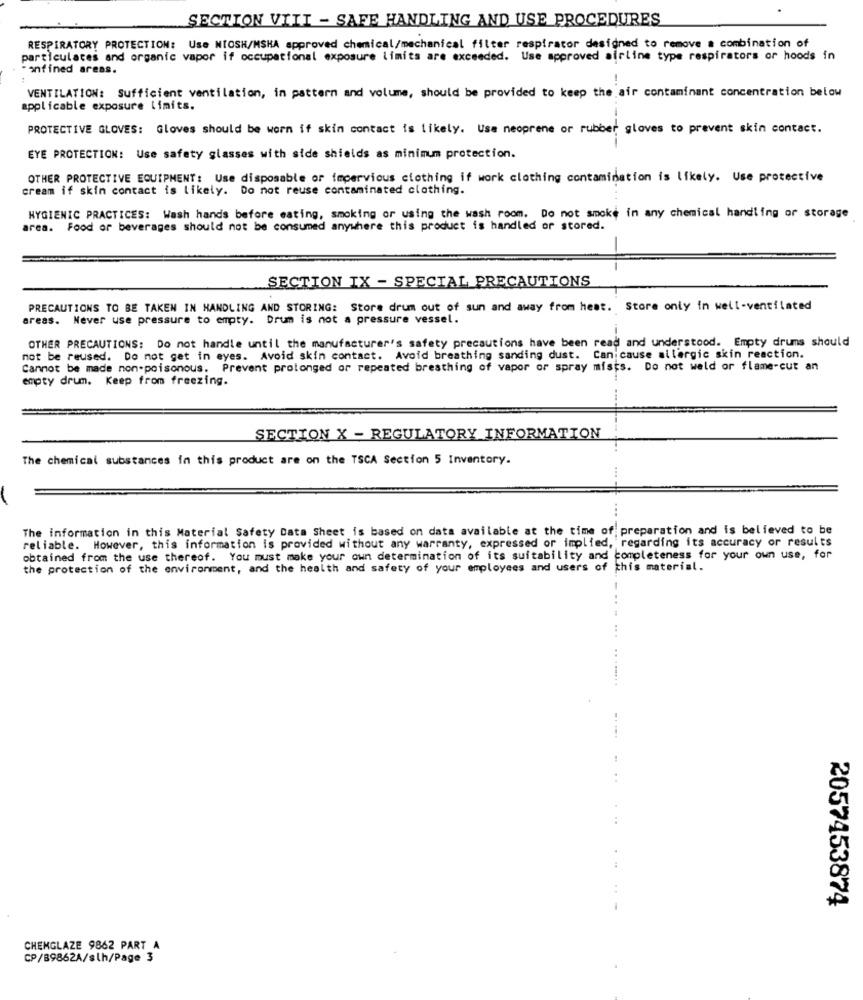
SECTION VIII - SAFE HANDLING AND USE PROCEDURES
RESPIRATORY PROTECTION: Use NIOSH/HSKA approved chemical/mechanical filter respirator designed to remove a combination of
particulates and organic vapor if occupational exposure limita are exceeded. Use approved airline type respirators or hoods in
*anfined areas.
VENTILATION: Sufficient ventilation, in pattern and volume, should be provided to keep the air contaminant concentration below
applicable exposure limits.
PROTECTIVE GLOVES: Gloves should be worn if skin contact is likely. Use neoprene or rubber gloves to prevent skin contact.
EYE PROTECTION: Use safety glasses with side shields as minimum protection.
OTHER PROTECTIVE EQUIPMENT: Use disposable or impervious clothing if work clothing contamination is likely. Use protective
cream if skin contact is likely. Do not reuse contaminated clothing.
HYGIENIC PRACTICES: Wash hands before eating, smoking or using the wash room. Do not smoke in any chemical handling or storage
area. Food or beverages should not be consumed anywhere this product is handled or stored.
SECTION IX - SPECIAL PRECAUTIONS
PRECAUTIONS TO BE TAKEN IN HANDLING AND STORING: Store drum out of sun and away from heat. Store only in well-ventilated
areas. Never use pressure to empty. Drum is not a pressure vessel.
OTHER PRECAUTIONS: Do not handle until the manufacturer's safety precautions have been read and understood. Empty drums should
not be reused. Do not get in eyes. Avoid skin contact. Avoid breathing sanding dust. Can cause allergic skin reaction.
Cannot be made non-poisonous. Prevent prolonged or repeated breathing of vapor or spray mists. Do not weld or flame-cut an
empty drum. Keep from freezing.
SECTION X - REGULATORY INFORMATION
The chemical substances in this product are on the TSCA Section 5 Inventory.
The information in this Material Safety Data Sheet is based on data available at the time of preparation and is believed to be
reliable. However, this information is provided without any warranty, expressed or implied, regarding its accuracy or results
obtained from the use thereof. You must make your own determination of its suitability and completeness for your own use, for
the protection of the environment, and the health and safety of your employees and users of this material.
. ..
..-
2057453874
CHEMGLAZE 9862 PART A
CP/89862A/slh/Page 3